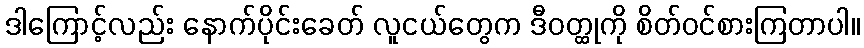
ဒါကြောင့်လည်း နောက်ပိုင်းခေတ် လူငယ်တွေက ဒီဝတ္ထုကို စိတ်ဝင်စားကြတာပါ။